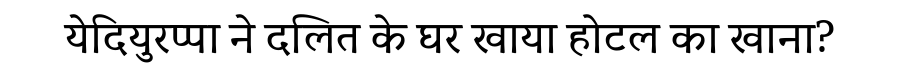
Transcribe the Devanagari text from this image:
येदियुरप्पा ने दलित के घर खाया होटल का खाना?